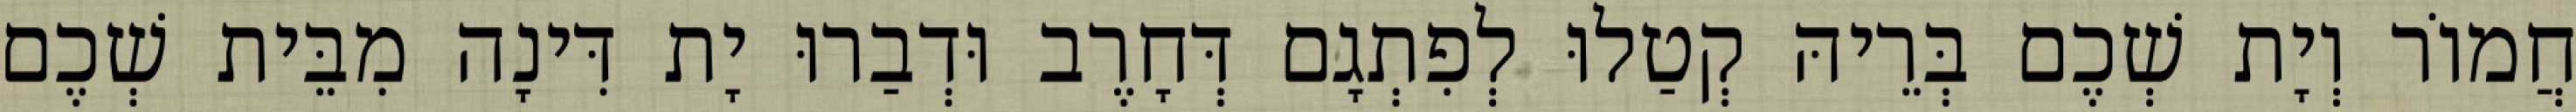
חֲמוֹר וְיָת שְׁכֶם בְּרֵיהּ קְטַלוּ לְפִתְגָם דְּחָרֶב וּדְבַרוּ יָת דִּינָה מִבֵּית שְׁכֶם